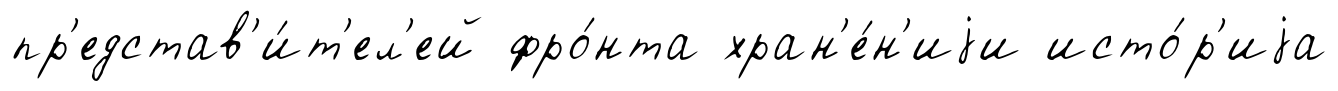
пр'едстав'и́т'ел'ей фро́нта хран'е́н'иjи исто́р'иjа